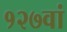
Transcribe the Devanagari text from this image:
१२७वां